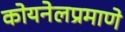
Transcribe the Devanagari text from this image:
कोयनेलप्रमाणे